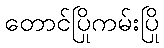
တောင်ပြိုကမ်းပြို